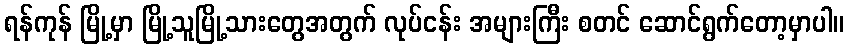
ရန်ကုန် မြို့မှာ မြို့သူမြို့သားတွေအတွက် လုပ်ငန်း အများကြီး စတင် ဆောင်ရွက်တော့မှာပါ။